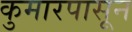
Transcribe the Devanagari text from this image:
कुमारपासून